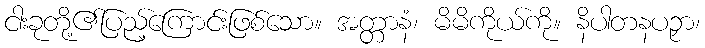
ငါးခုတို့၏ပြည့်ကြောင်းဖြစ်သော။ အတ္တာနံ၊ မိမိကိုယ်ကို။ နိပါတနပဉှာ၊